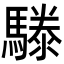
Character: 𩥱